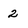
Character: 2